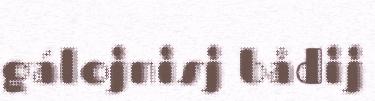
gálojnisj bådij